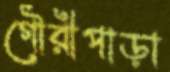
গৌরীপাড়া